Source: Handwritten
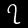
Digit: ၇ (7)